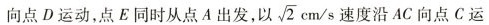
想点D运动，点E同事从点A出发，以\sqrt{2} cm/s 速度沿AC向点C运